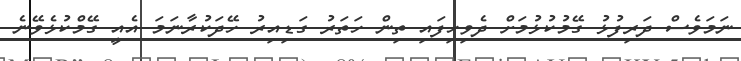
ނަމަވެސް ދަރިފުޅު ގޭމުކުޅުމަށް ދެވިހިފައި ތިން ހަތަރު ގަޑިއިރު ހޭދަކުރާނަމަ އެއީ ގޭމްކުޅެވޭނެ